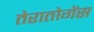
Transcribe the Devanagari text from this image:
तेरातोगेंस